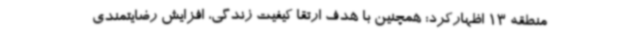
منطقه 13 اظهارکرد: همچنین با هدف ارتقا کیفیت زندگی، افزایش رضایتمندی